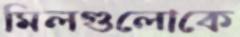
মিলগুলোকে